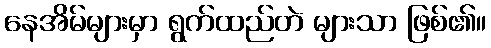
နေအိမ်များမှာ ရွက်ထည်တဲ များသာ ဖြစ်၏။